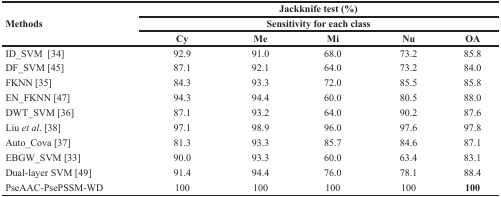
<table><thead><tr><td rowspan="3"><b>Methods</b></td><td colspan="5"><b>Jackknife test (%)</b></td></tr><tr><td colspan="5"><b>Sensitivity for each class</b></td></tr><tr><td><b>Cy</b></td><td><b>Me</b></td><td><b>Mi</b></td><td><b>Nu</b></td><td><b>OA</b></td></tr></thead><tbody><tr><td>ID_SVM [34]</td><td>92.9</td><td>91.0</td><td>68.0</td><td>73.2</td><td>85.8</td></tr><tr><td>DF_SVM [45]</td><td>87.1</td><td>92.1</td><td>64.0</td><td>73.2</td><td>84.0</td></tr><tr><td>FKNN [35]</td><td>84.3</td><td>93.3</td><td>72.0</td><td>85.5</td><td>85.8</td></tr><tr><td>EN_FKNN [47]</td><td>94.3</td><td>94.4</td><td>60.0</td><td>80.5</td><td>88.0</td></tr><tr><td>DWT_SVM [36]</td><td>87.1</td><td>93.2</td><td>64.0</td><td>90.2</td><td>87.6</td></tr><tr><td>Liu <i>et al</i>. [38]</td><td>97.1</td><td>98.9</td><td>96.0</td><td>97.6</td><td>97.8</td></tr><tr><td>Auto_Cova [37]</td><td>81.3</td><td>93.3</td><td>85.7</td><td>84.6</td><td>87.1</td></tr><tr><td>EBGW_SVM [33]</td><td>90.0</td><td>93.3</td><td>60.0</td><td>63.4</td><td>83.1</td></tr><tr><td>Dual-layer SVM [49]</td><td>91.4</td><td>94.4</td><td>76.0</td><td>78.1</td><td>88.4</td></tr><tr><td>PseAAC-PsePSSM-WD</td><td>100</td><td>100</td><td>100</td><td>100</td><td><b>100</b></td></tr></tbody></table>